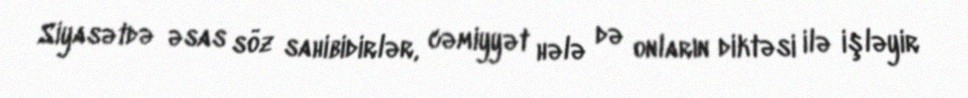
Siyasətdə əsas söz sahibidirlər, cəmiyyət hələ də onların diktəsi ilə işləyir